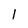
Character: l